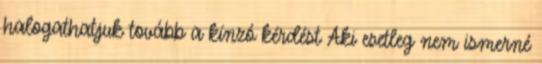
halogathatjuk tovább a kínzó kérdést Aki esetleg nem ismerné